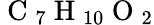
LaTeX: \mathrm{~C~}_{7}\mathrm{~H~}_{10}\mathrm{~O~}_{2}